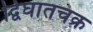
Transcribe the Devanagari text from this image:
द्विघातचक्र